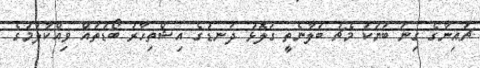
ޗައިނާގެ ގިނަ ބަޔަކު މެޗު ބަލާނެތީ ގަލޮޅު ދަނޑުގެ އިޝްތިހާރު ބޯޑުތައް ވިއްކާލުމުގެ